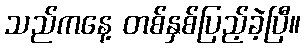
သည်ကနေ့ တစ်နှစ်ပြည့်ခဲ့ပြီ။